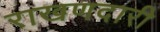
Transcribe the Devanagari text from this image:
राखणदारी